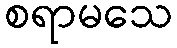
စရာမသေ